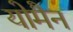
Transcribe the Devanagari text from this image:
योमैन